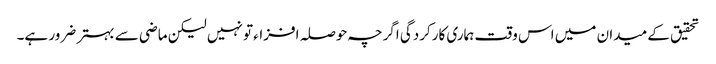
تحقیق کے میدان میں اس وقت ہماری کارکردگی اگرچہ حوصلہ افزاء تو نہیں لیکن ماضی سے بہتر ضرور ہے۔